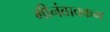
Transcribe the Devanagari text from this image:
मीनंबाक्कम